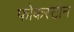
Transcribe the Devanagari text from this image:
फोकस्टोन